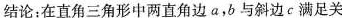
结论：在直角三角形中两直角边a，b与斜边c满足关